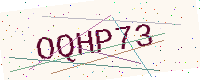
Text: OQHP73